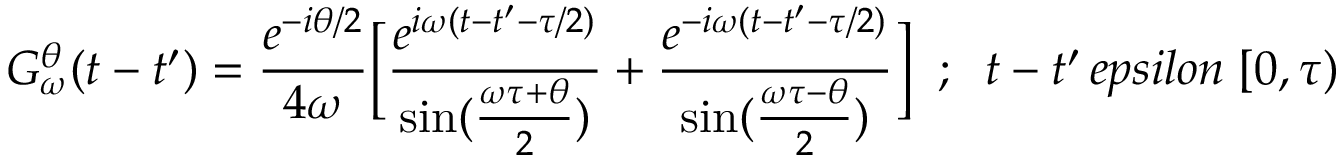
G _ { \omega } ^ { \theta } ( t - t ^ { \prime } ) = { \frac { e ^ { - i \theta / 2 } } { 4 \omega } } \biggl [ { \frac { e ^ { i \omega ( t - t ^ { \prime } - \tau / 2 ) } } { \sin ( { \frac { \omega \tau + \theta } { 2 } } ) } } + { \frac { e ^ { - i \omega ( t - t ^ { \prime } - \tau / 2 ) } } { \sin ( { \frac { \omega \tau - \theta } { 2 } } ) } } \biggr ] \; \; ; \; \; t - t ^ { \prime } \, e p s i l o n \; [ 0 , \tau )